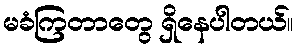
မခံကြတာတွေ ရှိနေပါတယ်။